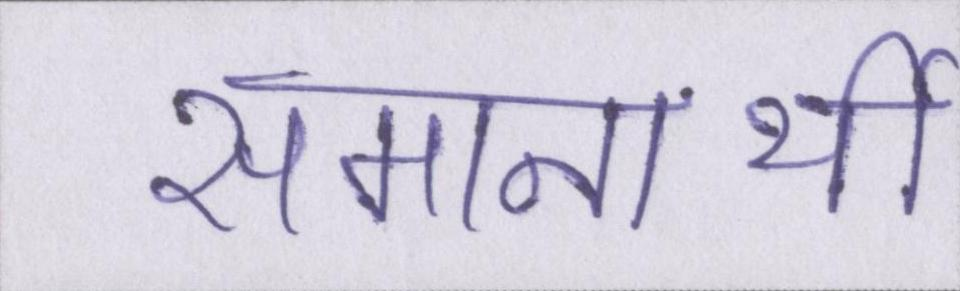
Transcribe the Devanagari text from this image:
समानार्थी